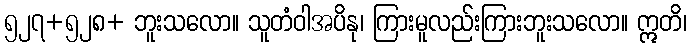
၅၂၇+၅၂၈+ ဘူးသလော။ သူတံဝါအပိနု၊ ကြားမူလည်းကြားဘူးသလော။ ဣတိ၊